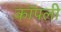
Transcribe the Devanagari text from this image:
कॉपली